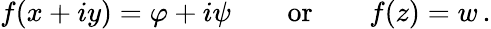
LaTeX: f(x+iy)=\varphi+i\psi\qquad{\mathrm{or}}\qquad f(z)=w\, .